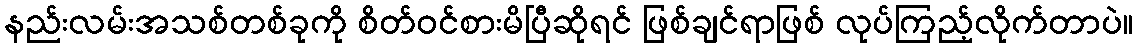
နည်းလမ်းအသစ်တစ်ခုကို စိတ်ဝင်စားမိပြီဆိုရင် ဖြစ်ချင်ရာဖြစ် လုပ်ကြည့်လိုက်တာပဲ။